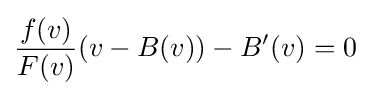
{\frac {f(v)}{F(v)}}(v-B(v))-{B}'(v)=0